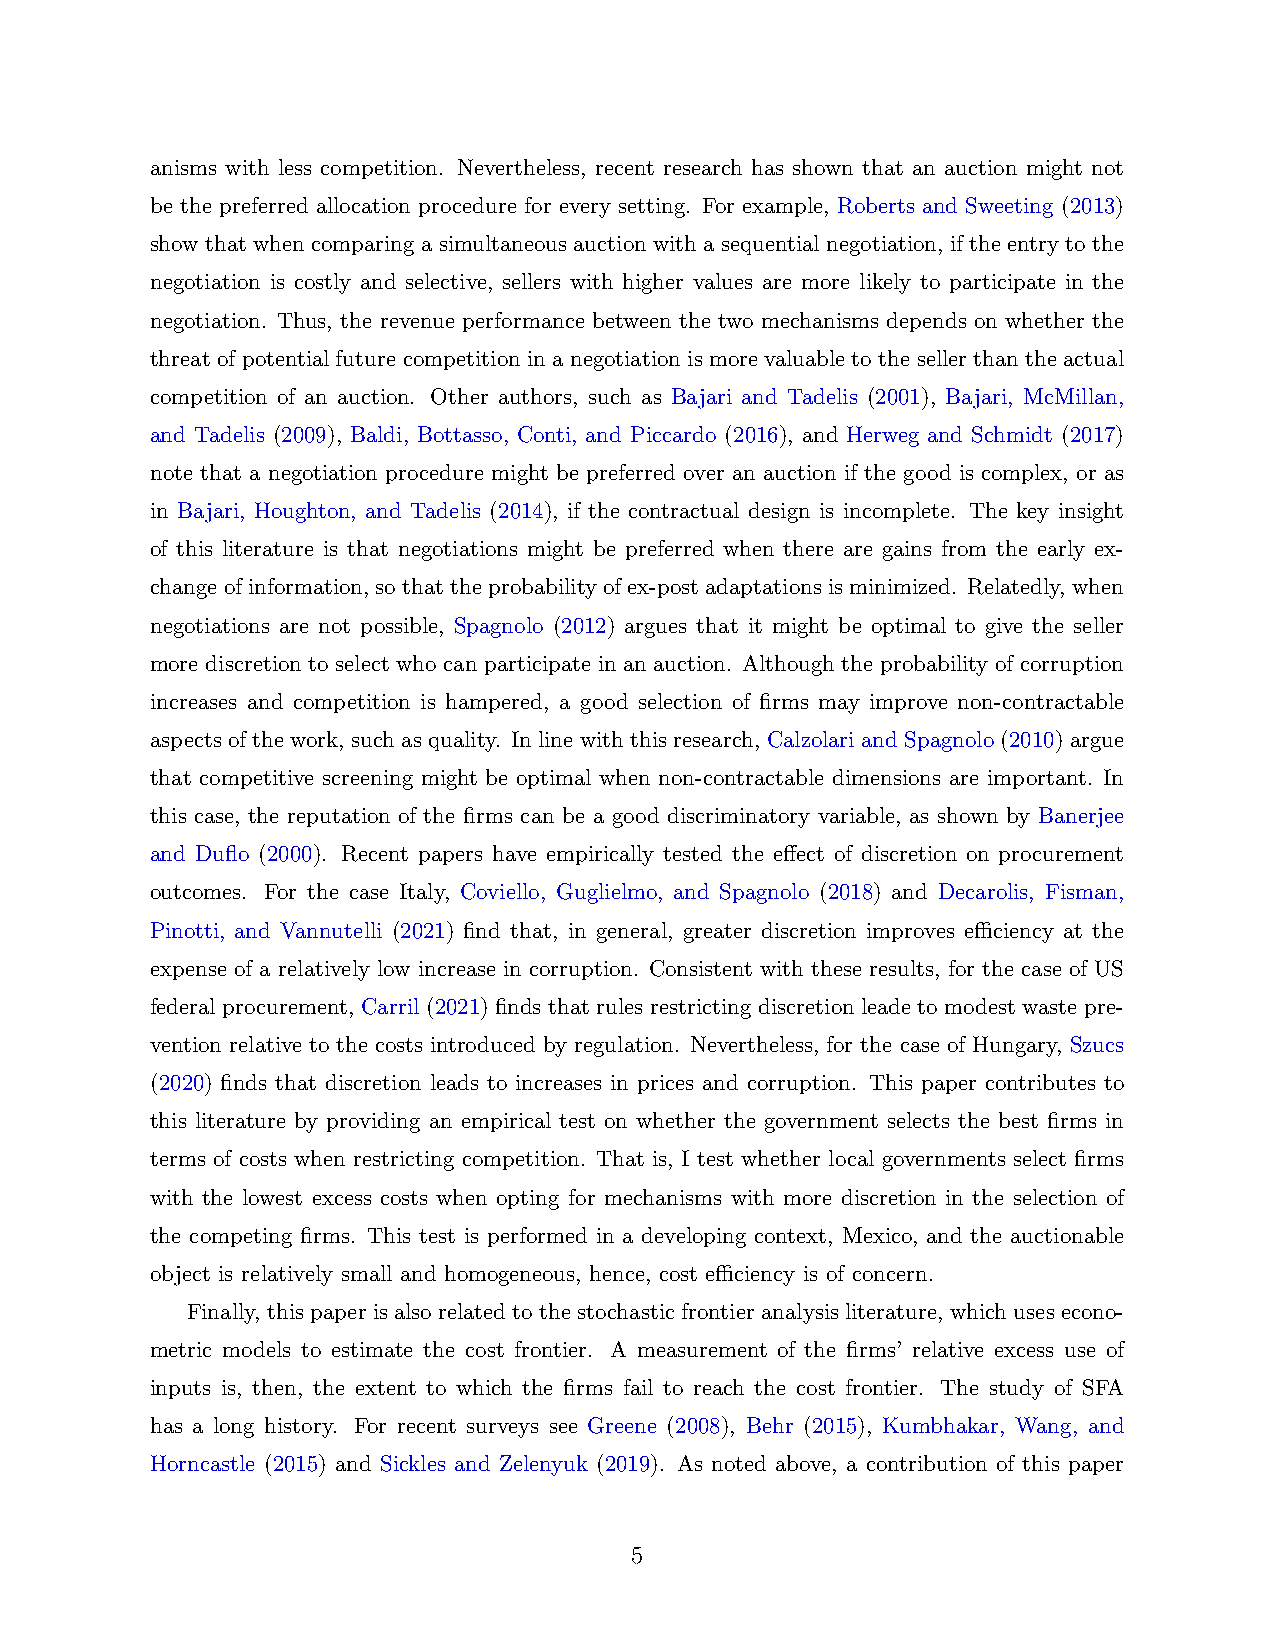
anisms with less competition. Nevertheless, recent research has shown that an auction might not
 be the preferred allocation procedure for every setting. For example, Roberts and Sweeting (2013)
 show that when comparing a simultaneous auction with a sequential negotiation, if the entry to the
 negotiation is costly and selective, sellers with higher values are more likely to participate in the
 negotiation. Thus, the revenue performance between the two mechanisms depends on whether the
 threat of potential future competition in a negotiation is more valuable to the seller than the actual
 competition of an auction. Other authors, such as Bajari and Tadelis (2001), Bajari, McMillan,
 and Tadelis (2009), Baldi, Bottasso, Conti, and Piccardo (2016), and Herweg and Schmidt (2017)
 note that a negotiation procedure might be preferred over an auction if the good is complex, or as
 in Bajari, Houghton, and Tadelis (2014), if the contractual design is incomplete. The key insight
 of this literature is that negotiations might be preferred when there are gains from the early ex-
 changeofinformation, sothattheprobabilityofex-postadaptationsisminimized. Relatedly, when
 negotiations are not possible, Spagnolo (2012) argues that it might be optimal to give the seller
 more discretion to select who can participate in an auction. Although the probability of corruption
 increases and competition is hampered, a good selection of firms may improve non-contractable
 aspects of the work, such as quality. In line with this research, Calzolari and Spagnolo (2010) argue
 that competitive screening might be optimal when non-contractable dimensions are important. In
 this case, the reputation of the firms can be a good discriminatory variable, as shown by Banerjee
 and Duflo (2000). Recent papers have empirically tested the effect of discretion on procurement
 outcomes. For the case Italy, Coviello, Guglielmo, and Spagnolo (2018) and Decarolis, Fisman,
 Pinotti, and Vannutelli (2021) find that, in general, greater discretion improves efficiency at the
 expense of a relatively low increase in corruption. Consistent with these results, for the case of US
 federal procurement, Carril (2021) finds that rules restricting discretion leade to modest waste pre-
 vention relative to the costs introduced by regulation. Nevertheless, for the case of Hungary, Szucs
 (2020) finds that discretion leads to increases in prices and corruption. This paper contributes to
 this literature by providing an empirical test on whether the government selects the best firms in
 terms of costs when restricting competition. That is, I test whether local governments select firms
 with the lowest excess costs when opting for mechanisms with more discretion in the selection of
 the competing firms. This test is performed in a developing context, Mexico, and the auctionable
 object is relatively small and homogeneous, hence, cost efficiency is of concern.
 Finally, this paper is also related to the stochastic frontier analysis literature, which uses econo-
 metric models to estimate the cost frontier. A measurement of the firms’ relative excess use of
 inputs is, then, the extent to which the firms fail to reach the cost frontier. The study of SFA
 has a long history. For recent surveys see Greene (2008), Behr (2015), Kumbhakar, Wang, and
 Horncastle (2015) and Sickles and Zelenyuk (2019). As noted above, a contribution of this paper
 5